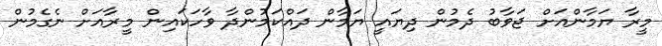
މީރާ ޔަމާންއަށް ޖަވާބު ދެމުން ދިޔައީ ޔަމާން ދައްކަމުންދާ ވާހަކައިން މީރާއަށް ނެގެމުން